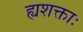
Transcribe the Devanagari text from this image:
ह्यशक्ताः